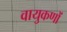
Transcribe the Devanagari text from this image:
वायुकणों